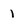
Character: 1